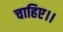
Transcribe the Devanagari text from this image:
चाहिए।।